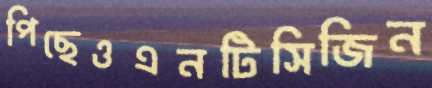
পিছেওএনটিসিজিন